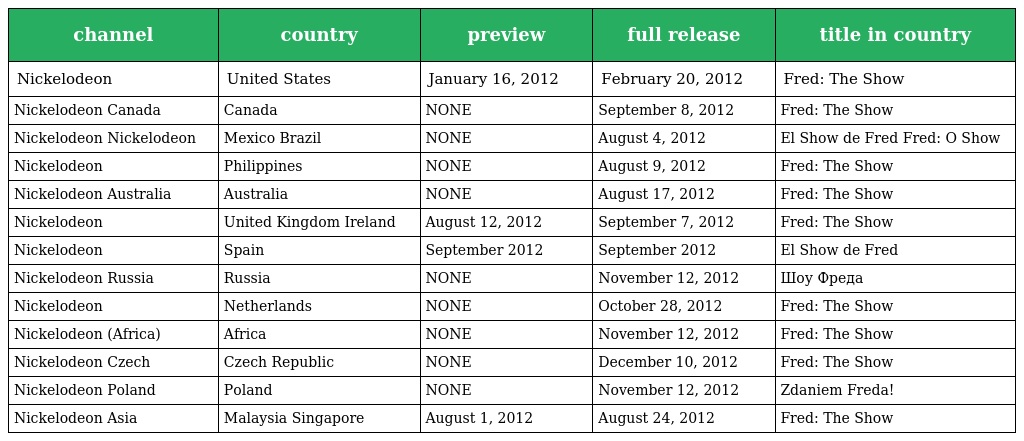
| channel | country | preview | full release | title in country |
 | --- | --- | --- | --- | --- |
 | Nickelodeon | United States | January 16, 2012 | February 20, 2012 | Fred: The Show |
 | Nickelodeon Canada | Canada | NONE | September 8, 2012 | Fred: The Show |
 | Nickelodeon Nickelodeon | Mexico Brazil | NONE | August 4, 2012 | El Show de Fred Fred: O Show |
 | Nickelodeon | Philippines | NONE | August 9, 2012 | Fred: The Show |
 | Nickelodeon Australia | Australia | NONE | August 17, 2012 | Fred: The Show |
 | Nickelodeon | United Kingdom Ireland | August 12, 2012 | September 7, 2012 | Fred: The Show |
 | Nickelodeon | Spain | September 2012 | September 2012 | El Show de Fred |
 | Nickelodeon Russia | Russia | NONE | November 12, 2012 | Шоу Фреда |
 | Nickelodeon | Netherlands | NONE | October 28, 2012 | Fred: The Show |
 | Nickelodeon (Africa) | Africa | NONE | November 12, 2012 | Fred: The Show |
 | Nickelodeon Czech | Czech Republic | NONE | December 10, 2012 | Fred: The Show |
 | Nickelodeon Poland | Poland | NONE | November 12, 2012 | Zdaniem Freda! |
 | Nickelodeon Asia | Malaysia Singapore | August 1, 2012 | August 24, 2012 | Fred: The Show |